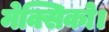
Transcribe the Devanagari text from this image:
मेक्सिको।